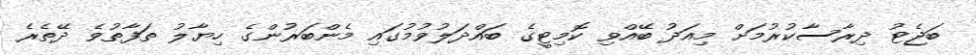
ބަޖެޓު ދިރާސާކުރުމަށް މިއަދު ބޭއްވި ކޮމިޓީގެ ބައްދަލުވުމުގައި މެންބަރުންގެ ހިޔާލު ތަފާތުވެ ދޭތެރެ